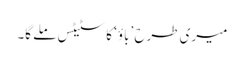
میری طرح ’باؤ‘ کا سٹیٹس ملے گا۔